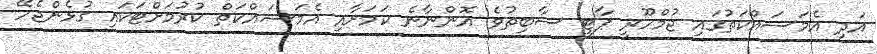
އަދި އެމަސައްކަތުގައި ޖުމްހޫރީ ޕާޓީ ސާބިތުވެ އޮންނާނެ ކަމަށާއި އެމަސައްކަތް ކުރުމަށްޓަކައި ގުޅެންޖެހޭ